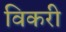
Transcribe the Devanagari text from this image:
विकरी